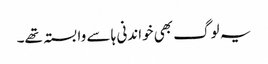
یہ لوگ بھی خواندنی ہا سے وابستہ تھے۔